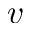
v